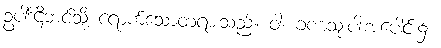
ဥပါဒ်ဌီဘင်သို့ ရောက်သောတရားသည်။ ဝါ၊ ခဏသုံးပါးအပေါင်း၌